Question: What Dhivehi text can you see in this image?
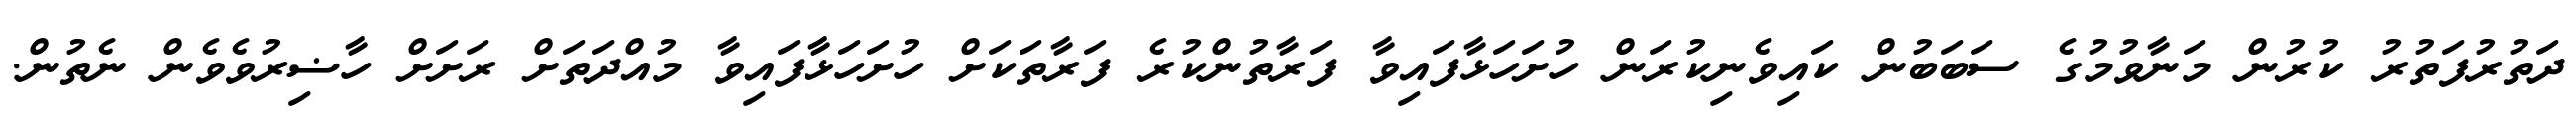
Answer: ދަތުރުފަތުރު ކުރުން މަނާވުމުގެ ސަބަބުން ކައިވެނިކުރަން ހުށަހަޅާފައިވާ ފަރާތުންކުރެ ފަރާތަކަށް ހުށަހަޅާފައިވާ މުއްދަތަށް ރަށަށް ހާޟިރުވެވެން ނެތުން.